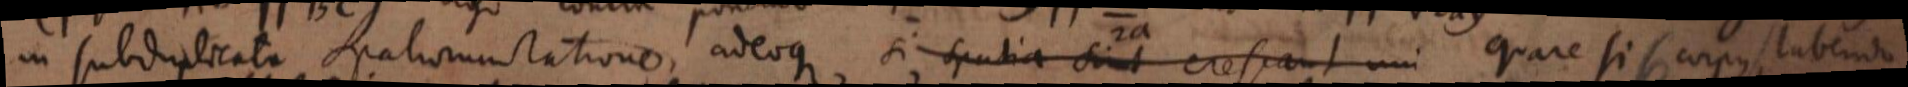
in subduplicata spatiorum ratione, adeoque si spatia sint crescant uni. Quare si corpus labendo